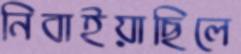
নিবাইয়াছিলে